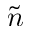
\Tilde { n }